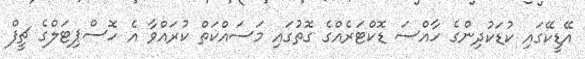
އޭޑީކޭގައި ކުޑަކުދިންގެ ހާއްސަ ޑޮކްޓަރެއްގެ ގޮތުގައި މަސައްކަތް ކުރައްވާ އެ ހޮސްޕިޓަލްގެ ޗީފް